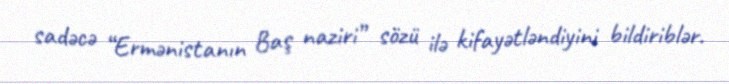
sadəcə “Ermənistanın Baş naziri” sözü ilə kifayətləndiyini bildiriblər.